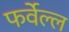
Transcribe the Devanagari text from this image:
फर्वेल्ल